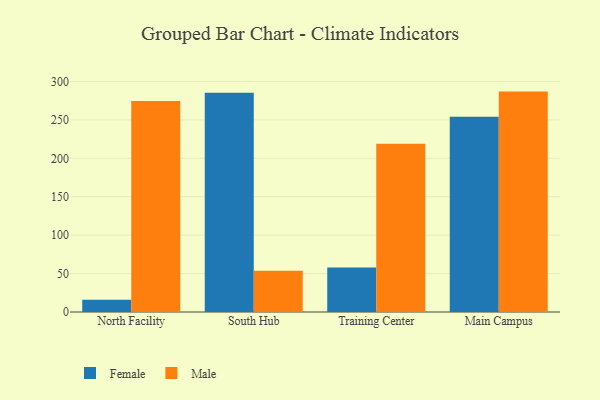
{"axis": {"x": "Campus", "y": "Website Visitors"}, "legend": ["Female", "Male"], "data": [{"x": "North Facility", "y": 15.9, "type": "Female"}, {"x": "North Facility", "y": 274.6, "type": "Male"}, {"x": "South Hub", "y": 285.4, "type": "Female"}, {"x": "South Hub", "y": 53.6, "type": "Male"}, {"x": "Training Center", "y": 57.9, "type": "Female"}, {"x": "Training Center", "y": 218.8, "type": "Male"}, {"x": "Main Campus", "y": 254.0, "type": "Female"}, {"x": "Main Campus", "y": 286.8, "type": "Male"}]}